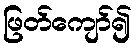
ဖြတ်ကျော်၍